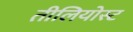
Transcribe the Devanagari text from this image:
तीलियोस्ट